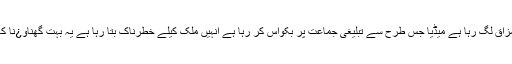
آپ کو مزاق لگ رہا ہے میڈیا جس طرح سے تبلیغی جماعت پر بکواس کر رہا ہے انہیں ملک کیلے خطرناک بتا رہا ہے یہ بہت گھناو¿نا کھیل ہے۔